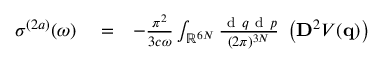
\begin{array} { r l r } { \sigma ^ { ( 2 a ) } ( \omega ) } & { { } = } & { - \frac { \pi ^ { 2 } } { 3 c \omega } \int _ { \mathbb { R } ^ { 6 N } } \frac { \ensuremath { \mathrm { ~ d ~ } } \b { q } \ensuremath { \mathrm { ~ d ~ } } \b { p } } { ( 2 \pi ) ^ { 3 N } } \; \left( \ensuremath { \mathbf { D } } ^ { 2 } V ( \ensuremath { \mathbf { q } } ) \right) \phantom { x x x x x } } \end{array}